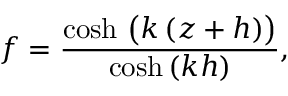
f = { \frac { \cosh \, { \bigl ( } k \, ( z + h ) { \bigr ) } } { \cosh \, ( k h ) } } ,